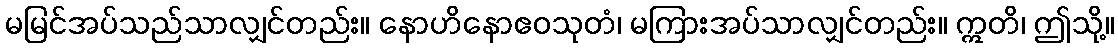
မမြင်အပ်သည်သာလျှင်တည်း။ နောဟိနောဧဝသုတံ၊ မကြားအပ်သာလျှင်တည်း။ ဣတိ၊ ဤသို့။